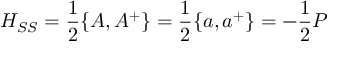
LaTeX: H _ { S S } = \frac { 1 } { 2 } \{ A , A ^ { + } \} = \frac { 1 } { 2 } \{ a , a ^ { + } \} = - \frac { 1 } { 2 } P